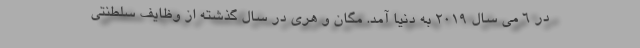
در 6 می سال 2019 به دنیا آمد. مگان و هری در سال گذشته از وظایف سلطنتی